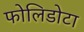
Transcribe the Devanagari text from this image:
फोलिडोटा